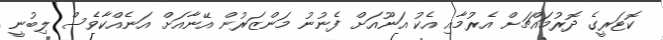
ކޮޓަރީގެ ދޮރުމައްޗަށް އެރުމާއި އެކު އަނޫއަށް ފެނުނު މަންޒަރުން އޭނާއަށް އަނެއްކާވެސް ލިބުނީ